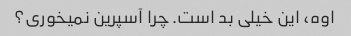
اوه، این خیلی بد است. چرا آسپرین نمیخوری؟